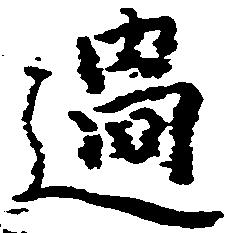
過